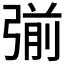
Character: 𭚿